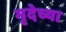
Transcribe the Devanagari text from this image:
मृदेच्या